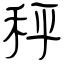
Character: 秤